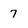
Character: 7